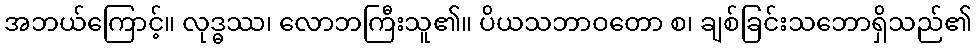
အဘယ်ကြောင့်။ လုဒ္ဓဿ၊ လောဘကြီးသူ၏။ ပိယသဘာဝတော စ၊ ချစ်ခြင်းသဘောရှိသည်၏